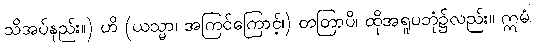
သိအပ်နည်း။) ဟိ (ယသ္မာ၊ အကြင်ကြောင့်၊) တတြာပိ၊ ထိုအရူပဘုံ၌လည်း။ ဣမံ